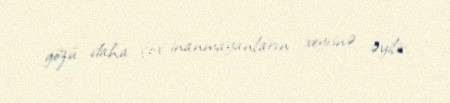
gözü daha çox inanmayanların xeyrinə əyilir.